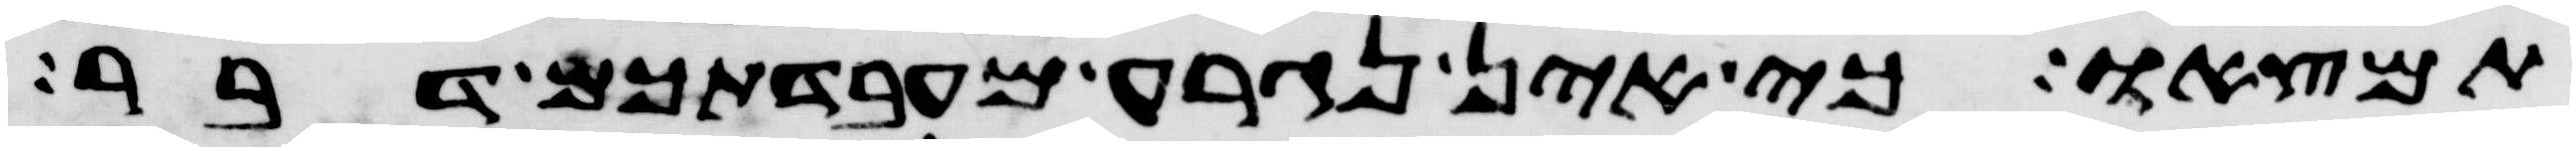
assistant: תמצאו כי אין נגרע מעבדתכם דבר